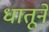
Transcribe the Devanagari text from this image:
धातूने